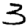
Digit: 3